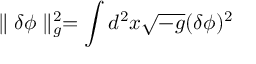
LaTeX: \parallel \delta \phi \parallel _ { g } ^ { 2 } = \int d ^ { 2 } x \sqrt { - g } ( \delta \phi ) ^ { 2 }